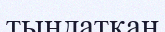
тыңдатқан